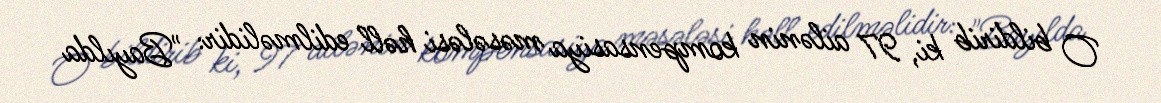
O bildirib ki, 97 ailənin kompensasiya məsələsi həll edilməlidir: "Bayılda